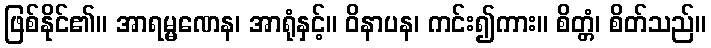
ဖြစ်နိုင်၏။ အာရမ္မဏေန၊ အာရုံနှင့်။ ဝိနာပန၊ ကင်း၍ကား။ စိတ္တံ၊ စိတ်သည်။